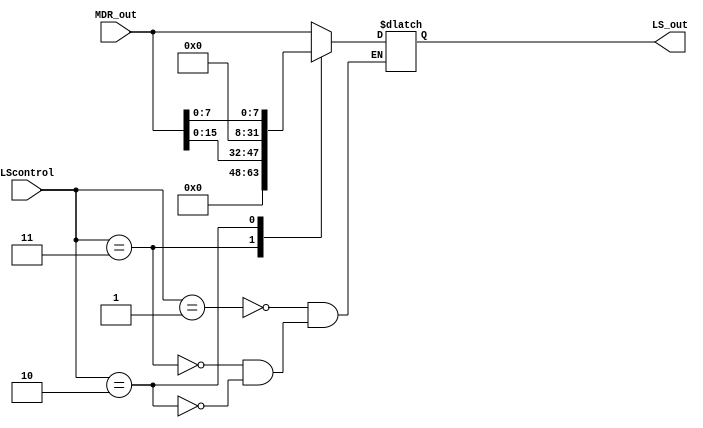
module LoadSize(
    input wire [1:0] LScontrol,
    input wire [31:0] MDR_out,

    output reg [31:0] LS_out
);

    always @(*) begin
        case (LScontrol)
            2'b01: // lw
                LS_out <= MDR_out;
            2'b11: // lh
                LS_out <= {16'd0, MDR_out[15:0]};
            2'b10: // lb
                LS_out <= {24'd0, MDR_out[7:0]};
        endcase
    end
endmodule